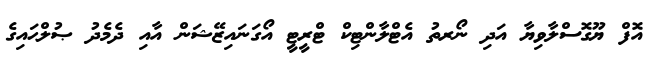
އޮފް ޔޫގޮސްލާވިޔާ އަދި ނޯރތު އެޓްލާންޓިކް ޓްރީޓީ އޯގަނައިޒޭޝަން އާއި ދެމެދު ޞުލްޙައިގެ